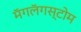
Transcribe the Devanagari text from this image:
मॅगलॅगस्टोम